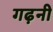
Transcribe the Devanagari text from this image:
गढ़नी